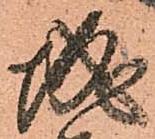
城